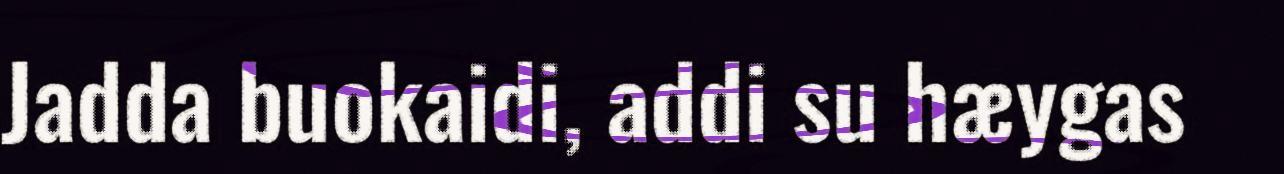
Jadda buokaidi, addi su hæygas